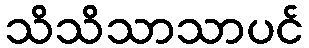
သိသိသာသာပင်